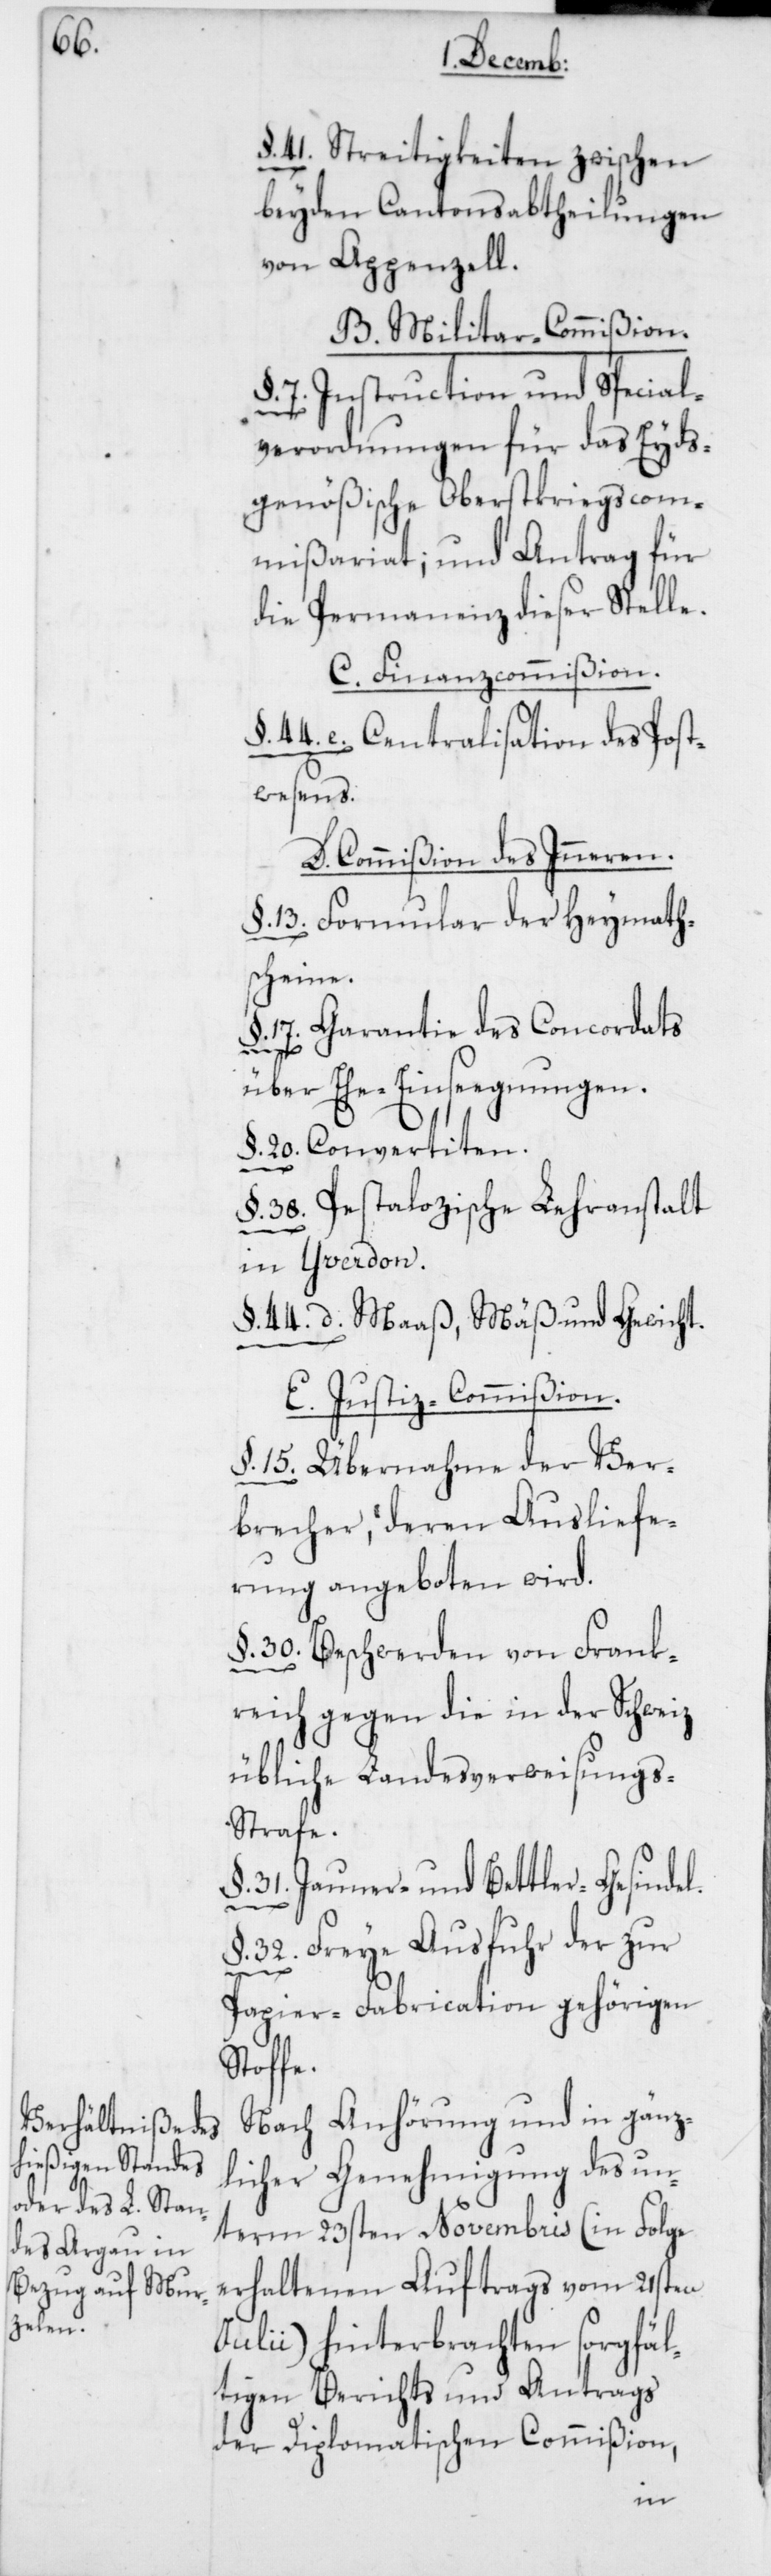
§. 41. Streitigkeiten zwischen
beyden Cantonsabtheilungen
von Appenzell.
B. Militar-Commißion.
§. 7. Instruction und Special¬
verordnungen für das eyds¬
genößische Oberstkriegscom¬
mißariat; und Antrag für
die Permanenz dieser Stelle.
C. Finanzcommißion.
§. 44e. Centralisation des Post¬
wesens.
D. Commißion des Inneren.
§. 13. Formular der Heymath¬
scheine.
17. Garantie des Concordats
über Ehe-Einsegnungen.
§. 20. Convertiten.
§. 38. Pestalozische Lehranstalt
in Yverdon.
§. 44 d. Maaß, Mäß und Gewicht.
E. Justiz-Commißion.
§. 15. Übernahme der Ver¬
brecher, deren Ausliefe¬
rung angeboten wird.
§. 30. Beschwerden von Frank¬
reich gegen die in der Schweiz
übliche Landesverweisung¬
s-Strafe.
31. Jauner- und Bettler-Gesindel.
§. 32. Freye Ausfuhr der zur
Papier-Fabrication gehörigen
Stoffe.
Nach Anhörung und in gänz¬
licher Genehmigung des un¬
term 23sten Novembris (in Folge
erhaltenen Auftrags vom 21sten
Julii) hinterbrachten sorgfäl¬
tigen Berichts und Antrags
der Diplomatischen Commißion,